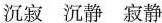
沉寂 沉静 寂静